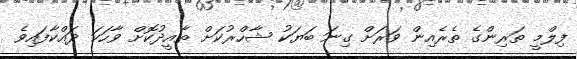
ފިލްމީ ތަރިންގެ ތެރެއިން ވަރަށް ގިނަ ބަޔަކު ޝާހްރުކަށް ތާއީދުކޮށް ވާހަކަ ދައްކާފައިވެ